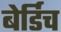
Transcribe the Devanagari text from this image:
बेर्डिच